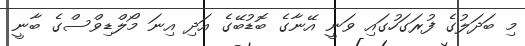
މި ބަދަލުގެ ފުރަގަހުގައި ވަނީ އޭނާގެ ބޮޑުބޭގެ އަދި އިނަ މޯލްޑިވްސްގެ ބާނީ